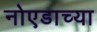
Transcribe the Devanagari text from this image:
नोएडाच्या